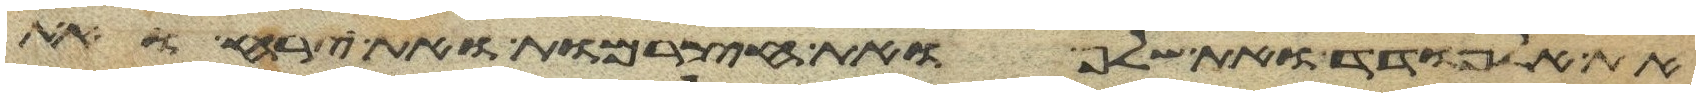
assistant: את אלמודד ואת שלף ואת חצרמות ואת ירח ואת